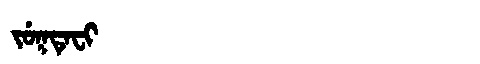
Manchu: ᠵᡠᡴᡨᡝᠸᡳ
Romanization: JUKTEFI